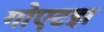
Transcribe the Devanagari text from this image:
गोएटझ